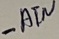
Text: -ATN